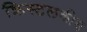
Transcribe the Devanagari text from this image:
क्रिस्टलकीय